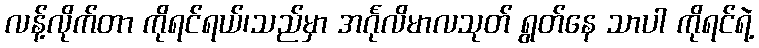
လန့်လိုက်တာ ကိုရင်ရယ်၊သည်မှာ အင်္ဂုလိမာလသုတ် ရွတ်နေ သာပါ ကိုရင်ရဲ့